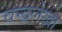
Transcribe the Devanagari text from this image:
चन्द्रलेखा